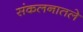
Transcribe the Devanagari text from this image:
संकलनातले